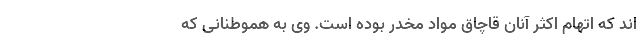
اند که اتهام اکثر آنان قاچاق مواد مخدر بوده است. وی به هموطنانی که